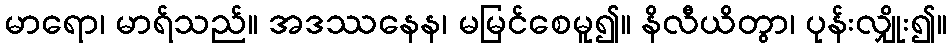
မာရော၊ မာရ်သည်။ အဒဿနေန၊ မမြင်စေမူ၍။ နိလီယိတွာ၊ ပုန်းလျှိုး၍။